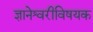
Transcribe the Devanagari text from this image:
ज्ञानेश्वरीविषयक